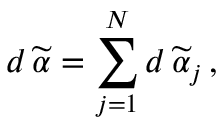
d \, \widetilde { \alpha } = \sum _ { j = 1 } ^ { N } d \, \widetilde { \alpha } _ { j } \, ,